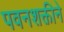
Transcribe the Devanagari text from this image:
पवनशक्तीने